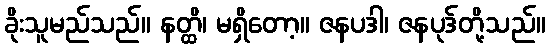
ခိုးသူမည်သည်။ နတ္ထိ၊ မရှိတော့။ ဇနပဒါ၊ ဇနပုဒ်တို့သည်။